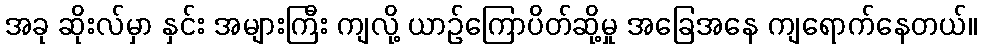
အခု ဆိုးလ်မှာ နှင်း အများကြီး ကျလို့ ယာဉ်ကြောပိတ်ဆို့မှု အခြေအနေ ကျရောက်နေတယ်။